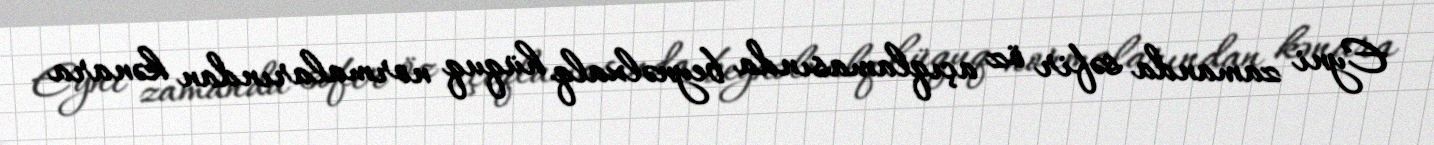
Eyni zamanda səfir öz açıqlamasında beynəlxalq hüquq normalarından kənara